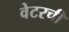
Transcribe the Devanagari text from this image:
वेटरची